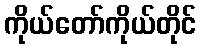
ကိုယ်တော်ကိုယ်တိုင်